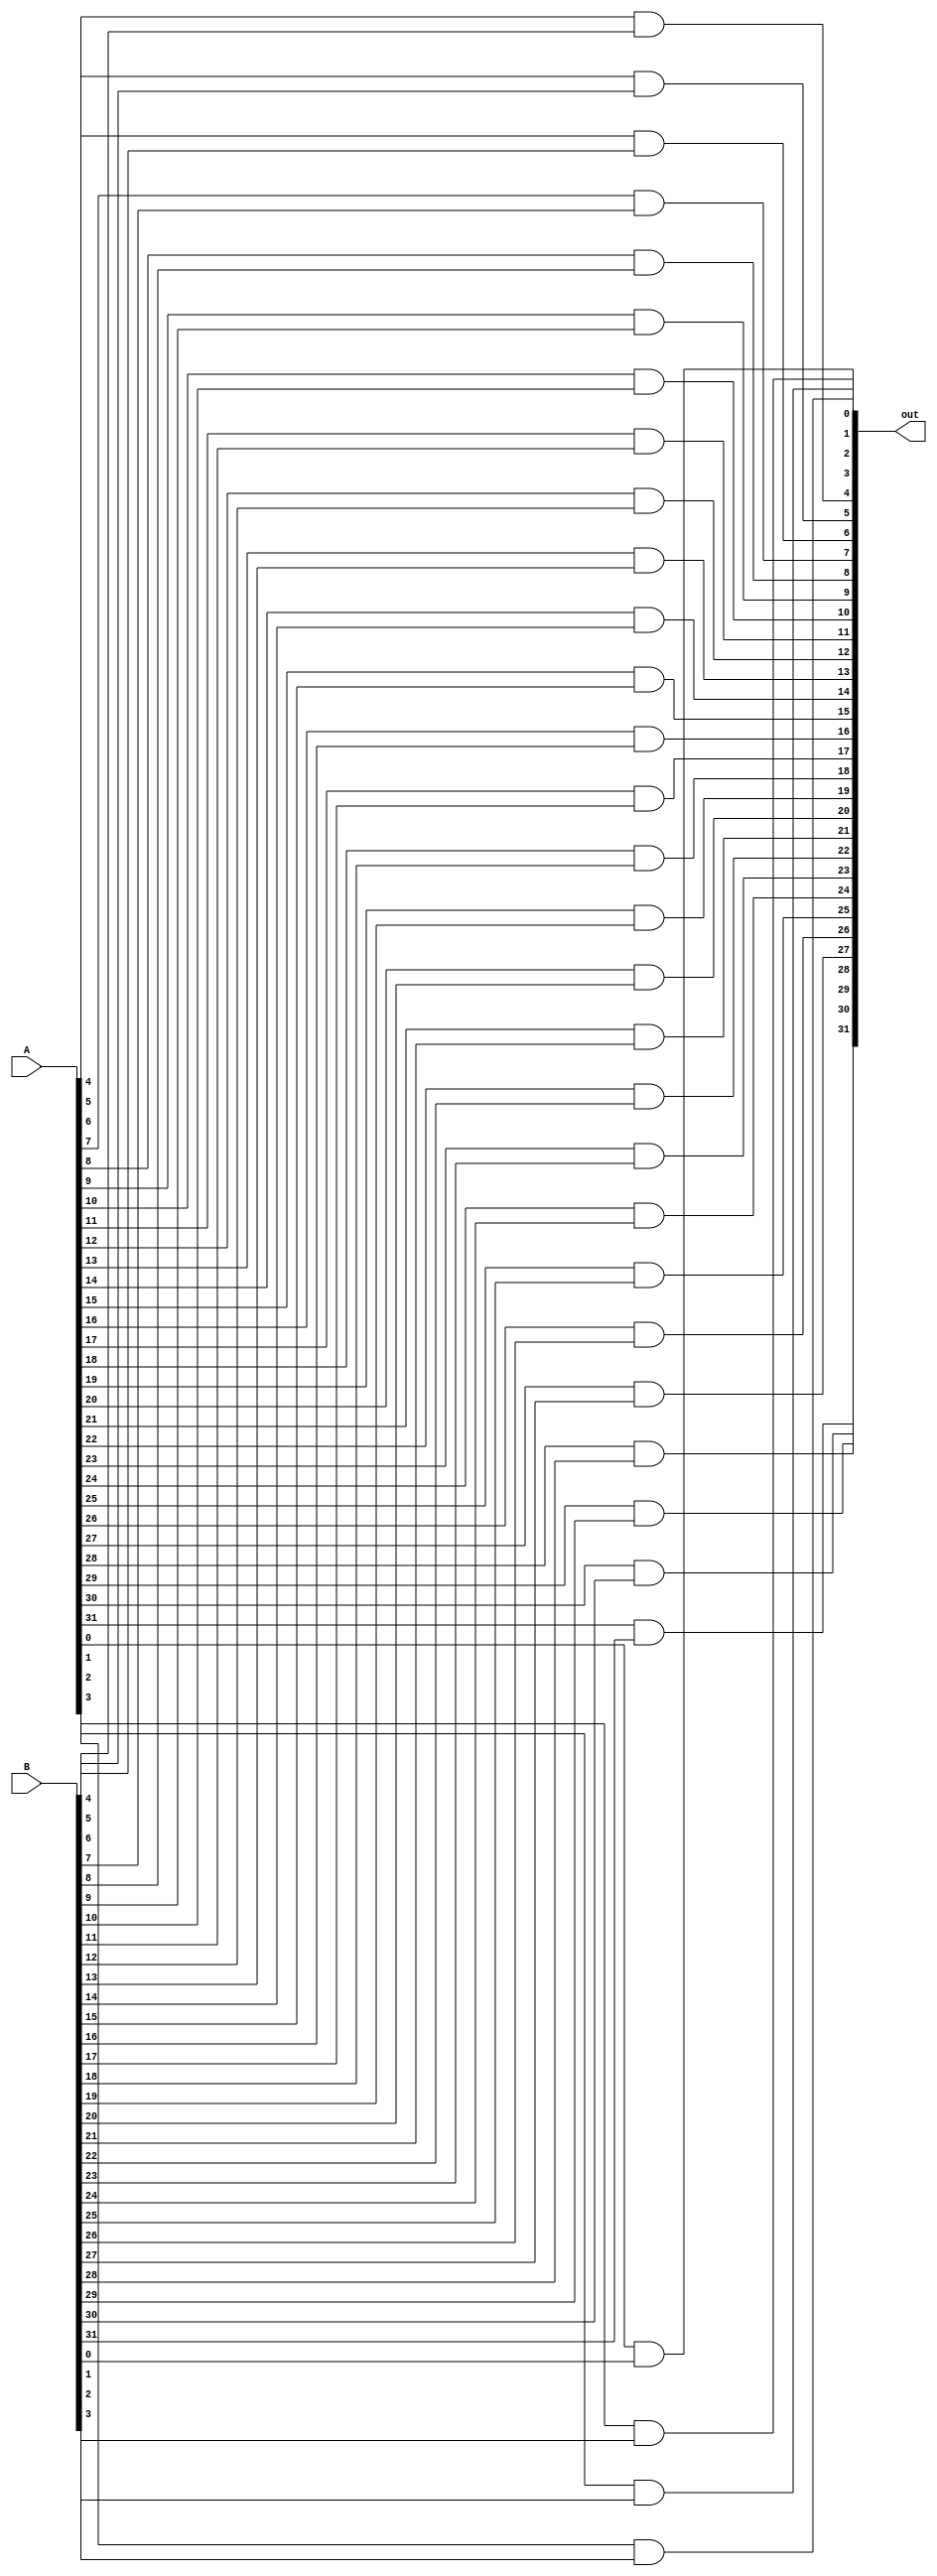
module andd(A, B, out);

    input [31:0] A, B;
    output [31:0] out;

    and and0(out[0], A[0], B[0]);
    and and1(out[1], A[1], B[1]);
    and and2(out[2], A[2], B[2]);
    and and3(out[3], A[3], B[3]);
    and and4(out[4], A[4], B[4]);
    and and5(out[5], A[5], B[5]);
    and and6(out[6], A[6], B[6]);
    and and7(out[7], A[7], B[7]);
    and and8(out[8], A[8], B[8]);
    and and9(out[9], A[9], B[9]);
    and and10(out[10], A[10], B[10]);
    and and11(out[11], A[11], B[11]);
    and and12(out[12], A[12], B[12]);
    and and13(out[13], A[13], B[13]);
    and and14(out[14], A[14], B[14]);
    and and15(out[15], A[15], B[15]);
    and and16(out[16], A[16], B[16]);
    and and17(out[17], A[17], B[17]);
    and and18(out[18], A[18], B[18]);
    and and19(out[19], A[19], B[19]);
    and and20(out[20], A[20], B[20]);
    and and21(out[21], A[21], B[21]);
    and and22(out[22], A[22], B[22]);
    and and23(out[23], A[23], B[23]);
    and and24(out[24], A[24], B[24]);
    and and25(out[25], A[25], B[25]);
    and and26(out[26], A[26], B[26]);
    and and27(out[27], A[27], B[27]);
    and and28(out[28], A[28], B[28]);
    and and29(out[29], A[29], B[29]);
    and and30(out[30], A[30], B[30]);
    and and31(out[31], A[31], B[31]);
    
endmodule